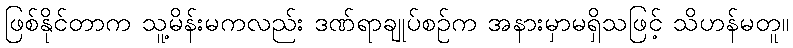
ဖြစ်နိုင်တာက သူ့မိန်းမကလည်း ဒဏ်ရာချုပ်စဉ်က အနားမှာမရှိသဖြင့် သိဟန်မတူ။